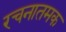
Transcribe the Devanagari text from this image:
रचनातमक